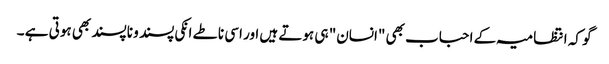
گو کہ انتظامیہ کے احباب بھی "انسان" ہی ہوتے ہیں اور اسی ناطے انکی پسند و ناپسند بھی ہوتی ہے ۔